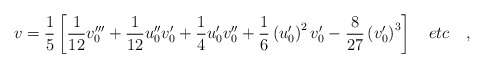
\begin{align*}v=\frac{1}{5}\left[ \frac{1}{12}v_0'''+\frac{1}{12} u_0''v_0'+\frac{1}{4}u_0'v_0'' +\frac{1}{6}\left( u_0'\right)^2 v_0' -\frac{8}{27}\left( v_0'\right)^3 \right] \quad etc \quad ,\end{align*}